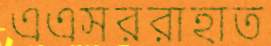
এএসররাহাত